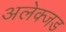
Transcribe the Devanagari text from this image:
अलेक्जड